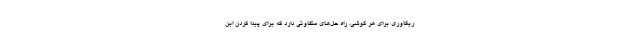
ریکاوری برای هر گوشی، راه حل‌های متفاوتی دارد که برای پیدا کردن این